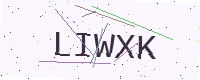
Text: LIWXK